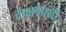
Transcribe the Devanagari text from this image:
लक्षणानी